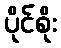
ပိုင်စိုး